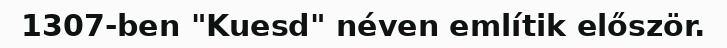
1307-ben "Kuesd" néven említik először.